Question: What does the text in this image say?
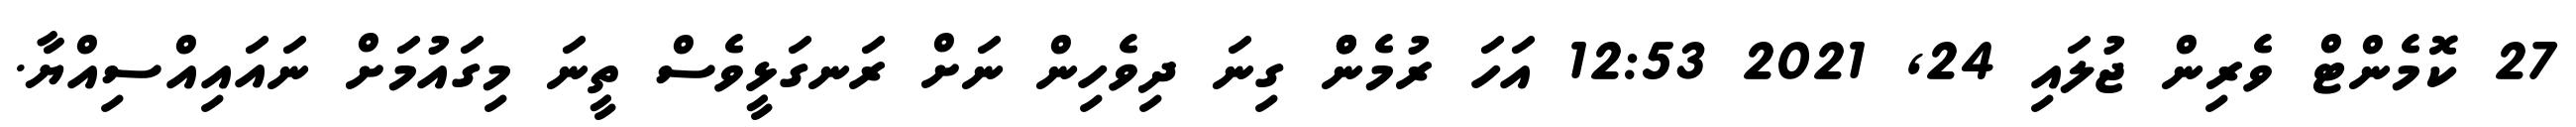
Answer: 27 ކޮމެންޓް ވެރިން ޖުލައި 24, 2021 12:53 އަހަ ރުމެންް ގިނަ ދިވެހިން ނަށް ރަނގަޅީވެސް ތީނަ މިގައުމަށް ނައައިއްސިއްޔާ.